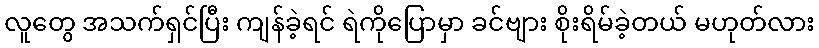
လူတွေ အသက်ရှင်ပြီး ကျန်ခဲ့ရင် ရဲကိုပြောမှာ ခင်ဗျား စိုးရိမ်ခဲ့တယ် မဟုတ်လား